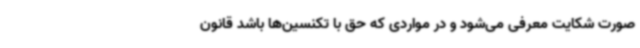
صورت شکایت معرفی می‌شود و در مواردی که حق با تکنسین‌ها باشد قانون